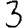
Digit: 3